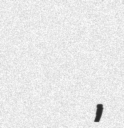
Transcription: Федорович Бондарчук,